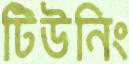
টিউনিং